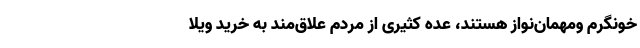
خونگرم ومهمان­‌نواز هستند، عده کثیری از مردم علاق­مند به خرید ویلا